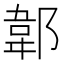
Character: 郼